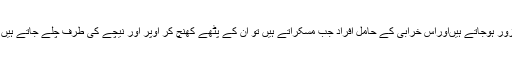
لیکن بعض دفعہ یہ پٹھے جینیاتی خرابی کے باعث پیدائش کے وقت ٹوٹ جاتے ہیں یا کمزور ہوجاتے ہیںاوراس خرابی کے حامل افراد جب مسکراتے ہیں تو ان کے پٹھے کھنچ کر اوپر اور نیچے کی طرف چلے جاتے ہیں اور درمیان میں ایک خلا سا پیدا ہوجاتا ہے جو چہرے پر ڈمپل کی صورت ظاہر ہوتا ہے۔